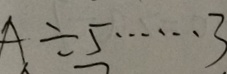
A \div 5 \cdots 3